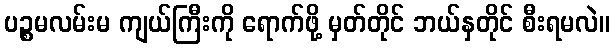
ပဉ္စမလမ်းမ ကျယ်ကြီးကို ရောက်ဖို့ မှတ်တိုင် ဘယ်နှတိုင် စီးရမလဲ။